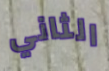
الثاني